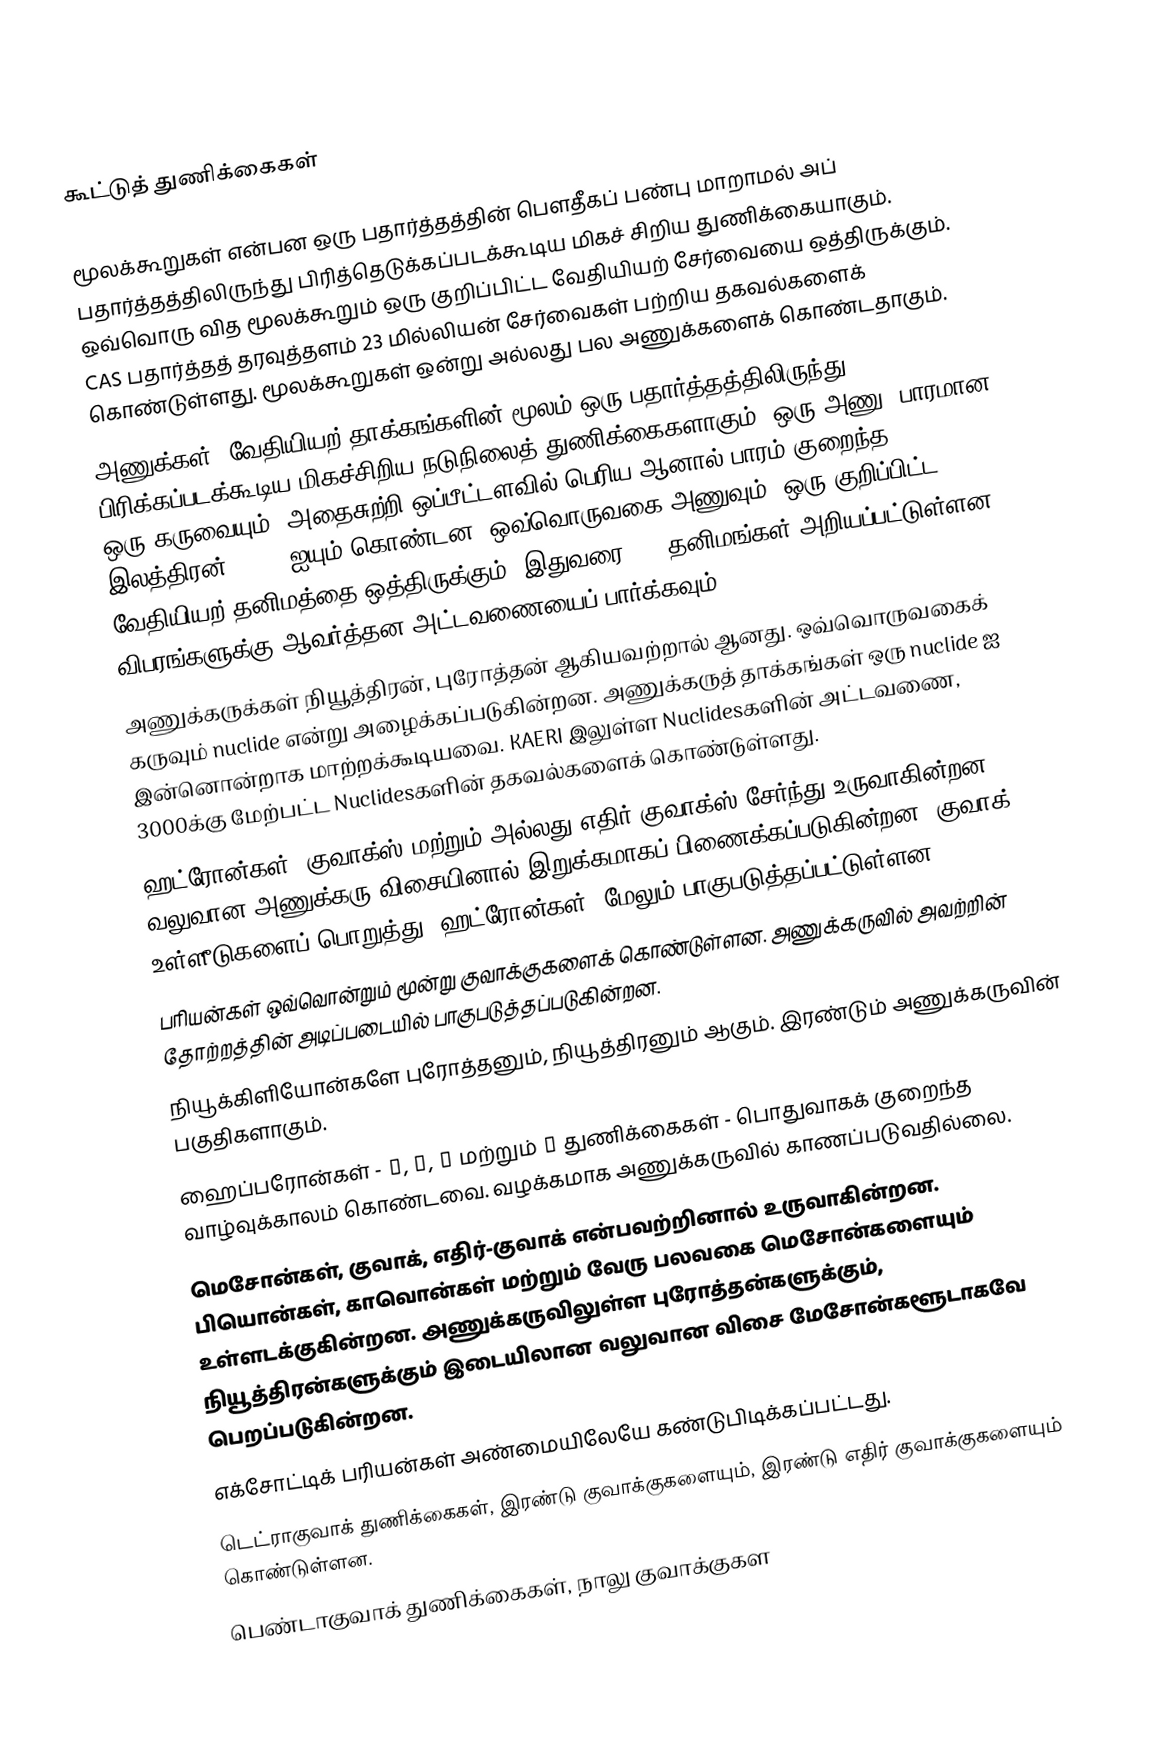

கூட்டுத் துணிக்கைகள்

 மூலக்கூறுகள் என்பன ஒரு பதார்த்தத்தின் பௌதீகப் பண்பு மாறாமல் அப் பதார்த்தத்திலிருந்து பிரித்தெடுக்கப்படக்கூடிய மிகச் சிறிய துணிக்கையாகும். ஒவ்வொரு வித மூலக்கூறும் ஒரு குறிப்பிட்ட வேதியியற் சேர்வையை ஒத்திருக்கும். CAS பதார்த்தத் தரவுத்தளம் 23 மில்லியன் சேர்வைகள் பற்றிய தகவல்களைக் கொண்டுள்ளது. மூலக்கூறுகள் ஒன்று அல்லது பல அணுக்களைக் கொண்டதாகும்.
 அணுக்கள், வேதியியற் தாக்கங்களின் மூலம் ஒரு பதார்த்தத்திலிருந்து பிரிக்கப்படக்கூடிய மிகச்சிறிய நடுநிலைத் துணிக்கைகளாகும். ஒரு அணு, பாரமான ஒரு கருவையும், அதைசுற்றி ஒப்பீட்டளவில் பெரிய ஆனால் பாரம் குறைந்த இலத்திரன் cloud ஐயும் கொண்டன. ஒவ்வொருவகை அணுவும், ஒரு குறிப்பிட்ட வேதியியற் தனிமத்தை ஒத்திருக்கும். இதுவரை 110 தனிமங்கள் அறியப்பட்டுள்ளன. விபரங்களுக்கு ஆவர்த்தன அட்டவணையைப் பார்க்கவும்.
 அணுக்கருக்கள் நியூத்திரன், புரோத்தன் ஆகியவற்றால் ஆனது. ஒவ்வொருவகைக் கருவும் nuclide என்று அழைக்கப்படுகின்றன. அணுக்கருத் தாக்கங்கள் ஒரு nuclide ஐ இன்னொன்றாக மாற்றக்கூடியவை. KAERI இலுள்ள Nuclidesகளின் அட்டவணை, 3000க்கு மேற்பட்ட Nuclidesகளின் தகவல்களைக் கொண்டுள்ளது.
 ஹட்ரோன்கள், குவாக்ஸ் மற்றும்/அல்லது எதிர்-குவாக்ஸ் சேர்ந்து உருவாகின்றன. வலுவான அணுக்கரு விசையினால் இறுக்கமாகப் பிணைக்கப்படுகின்றன. குவாக் உள்ளீடுகளைப் பொறுத்து, ஹட்ரோன்கள், மேலும் பாகுபடுத்தப்பட்டுள்ளன.
 பரியன்கள் ஒவ்வொன்றும் மூன்று குவாக்குகளைக் கொண்டுள்ளன. அணுக்கருவில் அவற்றின் தோற்றத்தின் அடிப்படையில் பாகுபடுத்தப்படுகின்றன.
 நியூக்கிளியோன்களே புரோத்தனும், நியூத்திரனும் ஆகும். இரண்டும் அணுக்கருவின் பகுதிகளாகும்.
 ஹைப்பரோன்கள் - Δ, Λ, Ξ மற்றும் Ω துணிக்கைகள் - பொதுவாகக் குறைந்த வாழ்வுக்காலம் கொண்டவை. வழக்கமாக அணுக்கருவில் காணப்படுவதில்லை.
மெசோன்கள், குவாக், எதிர்-குவாக் என்பவற்றினால் உருவாகின்றன. பியொன்கள், காவொன்கள் மற்றும் வேரு பலவகை மெசோன்களையும் உள்ளடக்குகின்றன. அணுக்கருவிலுள்ள புரோத்தன்களுக்கும், நியூத்திரன்களுக்கும் இடையிலான வலுவான விசை மேசோன்களூடாகவே பெறப்படுகின்றன.
 எக்சோட்டிக் பரியன்கள் அண்மையிலேயே கண்டுபிடிக்கப்பட்டது.
டெட்ராகுவாக் துணிக்கைகள், இரண்டு குவாக்குகளையும், இரண்டு எதிர் குவாக்குகளையும் கொண்டுள்ளன.
பெண்டாகுவாக் துணிக்கைகள், நாலு குவாக்குகள